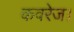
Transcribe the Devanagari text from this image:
कवरेज।